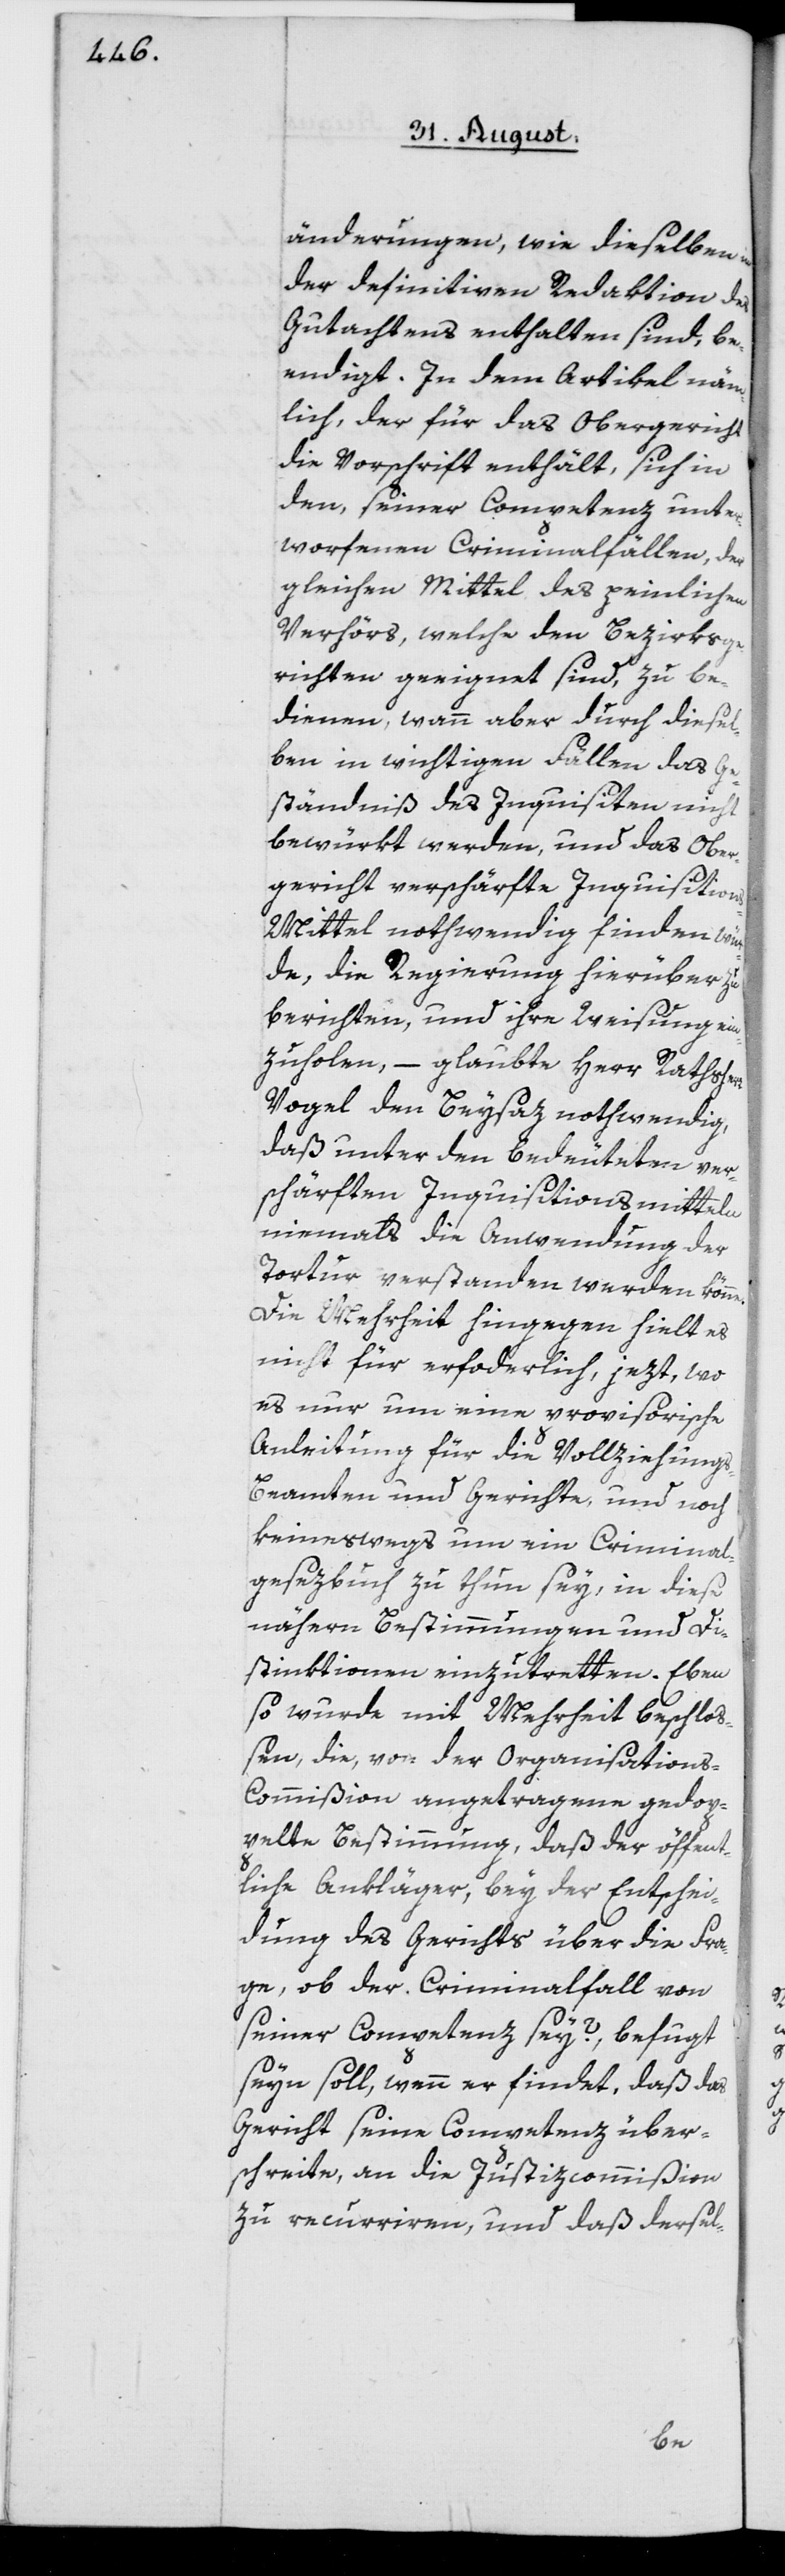
änderungen, wie dieselben in
der definitiven Redaktion des
Gutachtens enthalten sind, be¬
endigt. In dem Artikel näm¬
lich, der für das Obergericht
die Vorschrift enthält, sich in
den, seiner Competenz unter¬
worfenen Criminalfällen, der
gleichen Mittel des peinlichen
Verhörs, welche den Bezirksge¬
richten geeignet sind, zu be¬
dienen; wann aber durch diesel¬
ben in wichtigen Fällen das G¬
eständniß des Inquisiten nicht
bewürkt werden, und das Ober¬
gericht verschärfte Inquisition¬
s-Mittel nothwendig finden wür¬
de, die Regierung hierüber zu
berichten, und ihre Weisung ein¬
zuholen, – glaubte Herr Rathsherr
Vogel den Beysaz nothwendig,
daß unter den bedeuteten ver¬
schärften Inquisitionsmitteln
niemals die Anwendung der
Tortur verstanden werden könne.
Die Mehrheit hingegen hielt es
nicht für erfoderlich [sic!], jezt,
es nur um eine provisorische
Anleitung für die Vollziehung¬
s-Beamten und Gerichte, und noch
keineswegs um ein Criminal¬
gesezbuch zu thun sey, in diese
nähern Bestimmungen und Di¬
stinktionen einzutretten. Eben
so wurde mit Mehrheit beschloß¬
en, die, von der Organisation¬
s-Commißion angetragene gedop¬
pelte Bestimmung, daß der öffent¬
liche Ankläger, bey der Entschei¬
dung des Gerichts über die Fra¬
ge, ob der Criminalfall von
seiner Competenz sey?, befugt
seyn soll, wenn er findet, daß das
Gericht seine Competenz über¬
schreite, an die Justizcommißion
zu recurriren, und daß dersel-